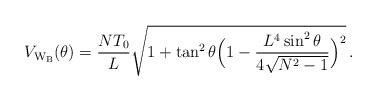
\begin{align*}V_{\rm W_B}(\theta)=\frac{NT_0}{L}\sqrt{1+\tan^2{\theta}\Bigl(1-\frac{L^4\sin^2{\theta}}{4\sqrt{N^2-1}}\Bigr)^2}\, .\end{align*}